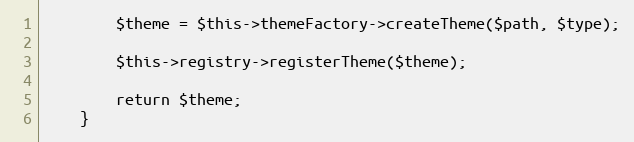
Language: PHP
        $theme = $this->themeFactory->createTheme($path, $type);

        $this->registry->registerTheme($theme);

        return $theme;
    }